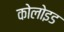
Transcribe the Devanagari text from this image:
कोलोइड